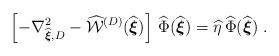
LaTeX: \begin{align*}\left[ - \nabla_{\widehat{\mbox{\boldmath $\scriptstyle{\xi}$}}, D }^2 - \widehat{ {\mathcal W} }^{({D})}( \widehat{ \mbox{\boldmath $ \xi$}} )\right]\, \widehat{\Phi} ( \widehat{\mbox{\boldmath $ \xi$}} )= \widehat{\eta} \, \widehat{\Phi} ( \widehat{ \mbox{\boldmath $ \xi$}} )\; .\end{align*}